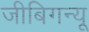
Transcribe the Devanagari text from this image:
जीबिगन्यू